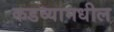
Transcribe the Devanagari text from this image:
कडव्यामधील